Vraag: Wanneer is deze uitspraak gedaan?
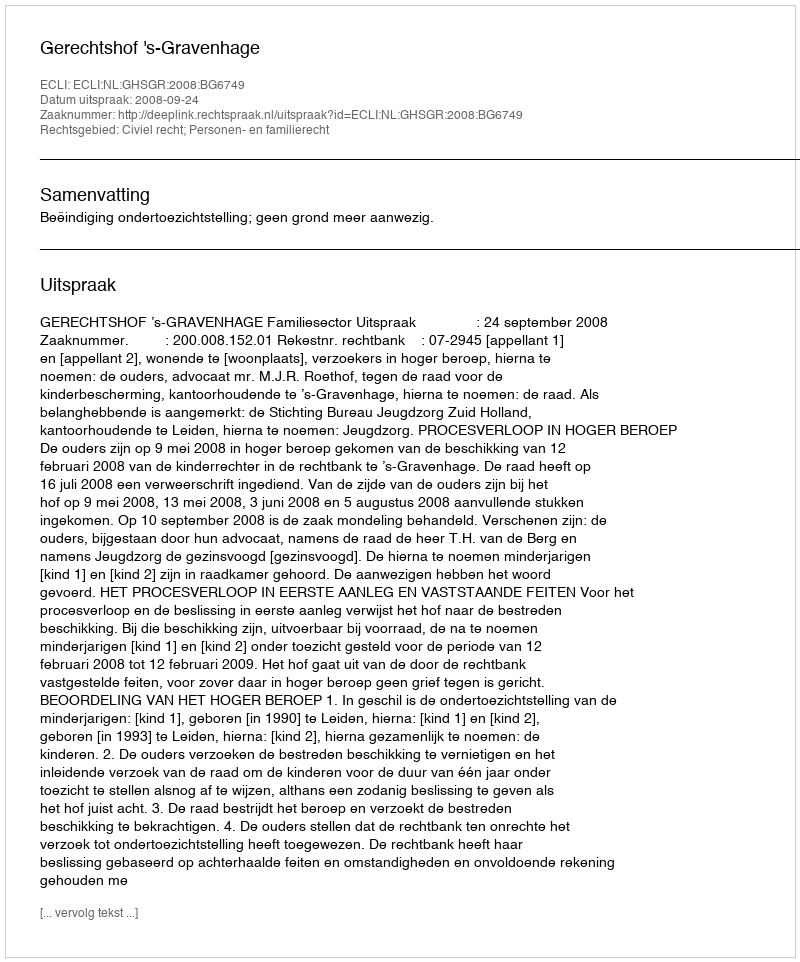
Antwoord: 2008-09-24